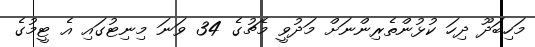
މަހިބަދޫ ދިހަ ކުޅުންތެރިންނަށް މަދުވީ މެޗުގެ 34 ވަަނަ މިނިޓުގައި އެ ޓީމުގެ